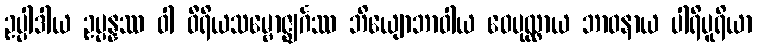
ဥပ္ပါဒါယ ဥပ္ပန္နဿ ဝါ ဝီရိယသမ္ဗောဇ္ဈင်္ဂဿ ဘိယျောဘာဝါယ ဝေပုလ္လာယ ဘာဝနာယ ပါရိပူရိယာ